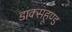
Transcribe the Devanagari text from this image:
डाक्सहूण्ड